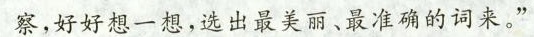
察，好好想一想，选出最美丽、最准确的词来。”